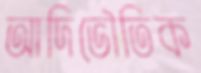
আদিভৌতিক